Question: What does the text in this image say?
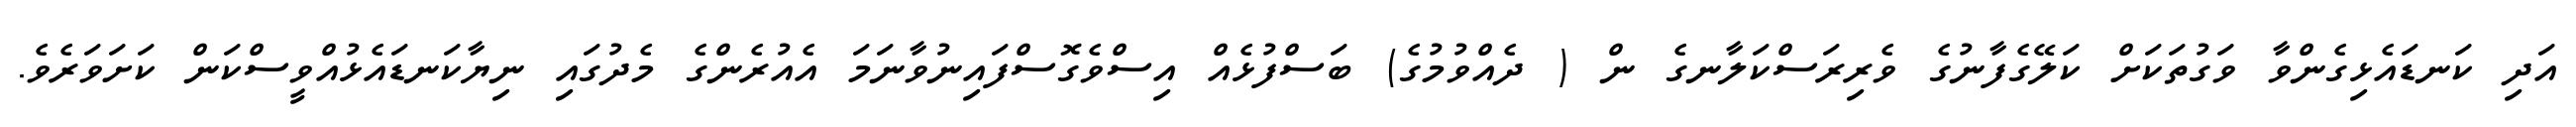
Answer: އަދި ކަނޑައެޅިގެންވާ ވަގުތަކަށް ކަލޭގެފާނުގެ ވެރިރަސްކަލާނގެ ން ( ދެއްވުމުގެ) ބަސްފުޅެއް އިސްވެގޮސްފައިނުވާނަމަ އެއުރެންގެ މެދުގައި ނިޔާކަނޑައެޅުއްވީސްކަން ކަށަވަރެވެ.